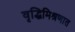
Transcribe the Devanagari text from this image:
वृद्धिमिश्रणात